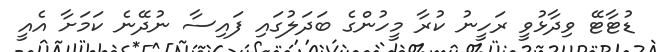
ޑުޓާޓޭ ވިދާޅުވީ ރަހީނު ކުރާ މީހުންގެ ބަދަލުގައި ފައިސާ ނުދޭނެ ކަމަށާ އެއީ